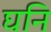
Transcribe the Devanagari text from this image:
घनि